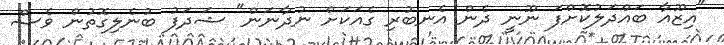
"އިޒޫއާ ބައްދަލުކޮށްފަ ނޫނީ ދެން އެނބުރި ގެއަކަށް ނުދާނަން" ޝަދަފު ބުނެލިގޮތުން ވެސް